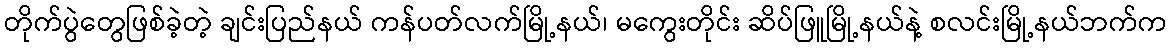
တိုက်ပွဲတွေဖြစ်ခဲ့တဲ့ ချင်းပြည်နယ် ကန်ပတ်လက်မြို့နယ်၊ မကွေးတိုင်း ဆိပ်ဖြူမြို့နယ်နဲ့ စလင်းမြို့နယ်ဘက်က